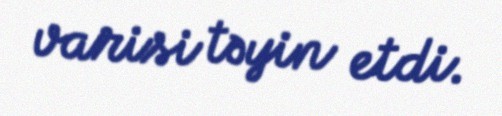
varisi təyin etdi.